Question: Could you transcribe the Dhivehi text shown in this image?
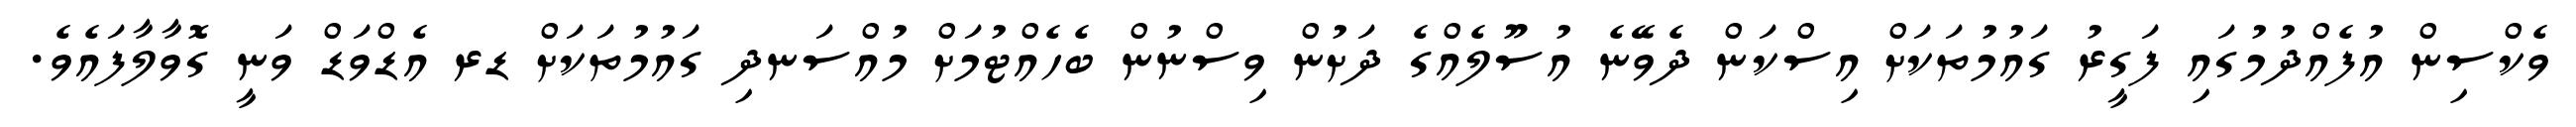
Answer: ވެކްސިން އުފެއްދުމުގައި ފަގީރު ގައުމުތަކަށް އިސްކަން ދެވޭނެ އުސޫލެއްގެ ދަށުން ވިސްނުން ބެހެއްޓުމަށް މުއްސަނދި ގައުމުތަކަށް ޑރ އެޑްވަޑް ވަނީ ގޮވާލާފައެވެ.